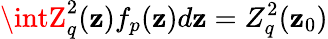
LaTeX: \intZ_{q}^{2}(\mathbf{z})f_{p}(\mathbf{z})d\mathbf{z}=Z_{q}^{2}(\mathbf{z}_{0})